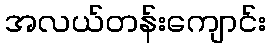
အလယ်တန်းကျောင်း